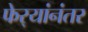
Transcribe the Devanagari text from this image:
फेर्‍यांनंतर